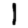
Digit: 1